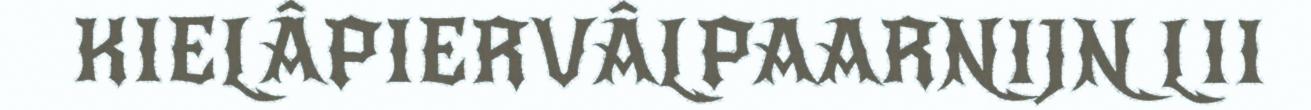
KIELÂPIERVÂLPAARNIJN LII